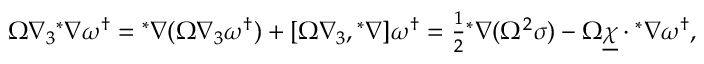
\begin{array} { r } { \Omega \nabla _ { 3 } { ^ * \nabla \omega ^ { \dagger } } = { ^ * \nabla } ( \Omega \nabla _ { 3 } \omega ^ { \dagger } ) + [ \Omega \nabla _ { 3 } , { ^ * \nabla } ] \omega ^ { \dagger } = \frac { 1 } { 2 } { ^ * \nabla ( \Omega ^ { 2 } \sigma ) } - \Omega \underline { { \chi } } \cdot { ^ * \nabla \omega ^ { \dagger } } , } \end{array}